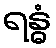
ရန္ဓံ